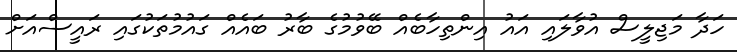
ހަދާ މަޖިލީސް އުވާލައި އައު އިންތިހާބެއް ބޭވުމުގެ ބާރު ބައެއް ގައުމުތަަކުގައި ރައީސްއަށް